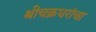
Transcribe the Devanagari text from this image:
श्रीचक्रधरांचा